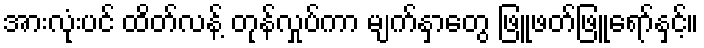
အားလုံးပင် ထိတ်လန့် တုန်လှုပ်ကာ မျက်နှာတွေ ဖြူဖတ်ဖြူရော်နှင့်။